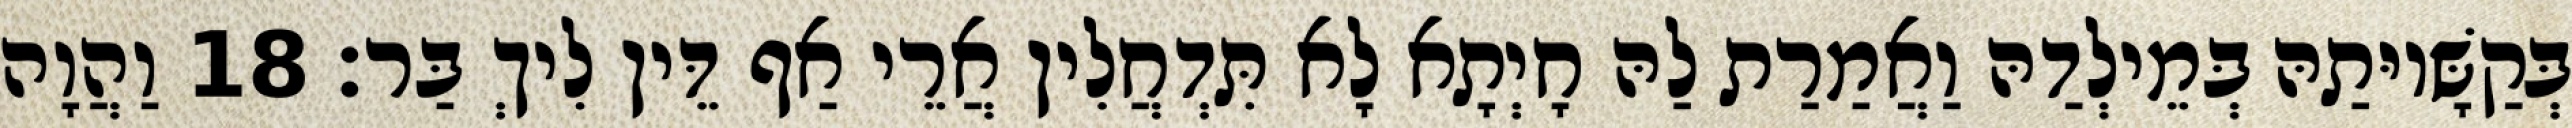
בְּקַשָּׁיוּתַהּ בְּמֵילְדַהּ וַאֲמַרַת לַהּ חָיְתָא לָא תִּדְחֲלִין אֲרֵי אַף דֵּין לִיךְ בַּר׃ 18 וַהֲוָה